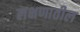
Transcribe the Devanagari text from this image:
लक्षणातील